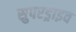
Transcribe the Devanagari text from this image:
सुपरड्राइव